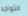
التواجد